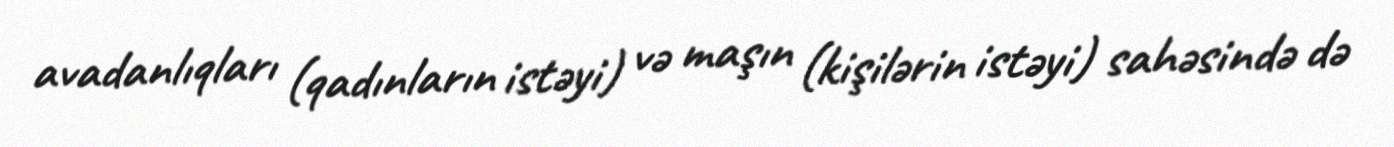
avadanlıqları (qadınların istəyi) və maşın (kişilərin istəyi) sahəsində də